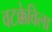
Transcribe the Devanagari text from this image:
वटक्केविला